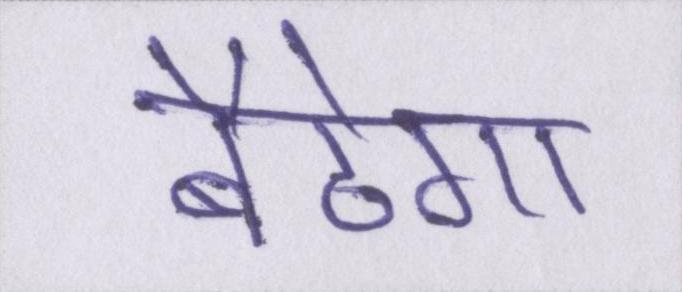
बैठेगा